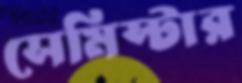
সেমিস্টার